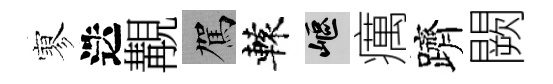
寥迭覯駕轅嶇癘躋闕